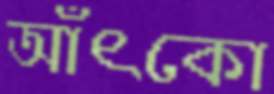
আঁৎকো